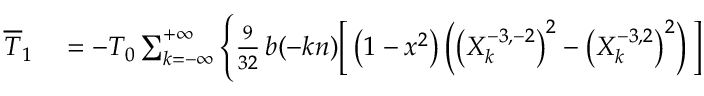
\begin{array} { r l } { \overline { T } _ { 1 } } & { { } = - { \cal T } _ { 0 } \sum _ { k = - \infty } ^ { + \infty } \Bigg \{ \frac { 9 } { 3 2 } \, b ( - k n ) \bigg [ \left( 1 - x ^ { 2 } \right) \left( \left( X _ { k } ^ { - 3 , - 2 } \right) ^ { 2 } - \left( X _ { k } ^ { - 3 , 2 } \right) ^ { 2 } \right) \bigg ] } \end{array}